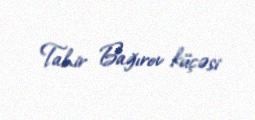
Tahir Bağırov küçəsi